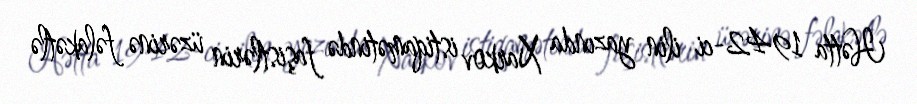
Hətta 1942-ci ilin yazında Xarkov istiqamətində faşistlərin üzərinə fəlakətlə